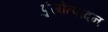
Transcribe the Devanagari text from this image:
पुंजोत्पादन